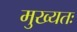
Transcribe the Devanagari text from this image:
मुख्यतः